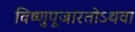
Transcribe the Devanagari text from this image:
विष्णुपूजारतोऽथवा